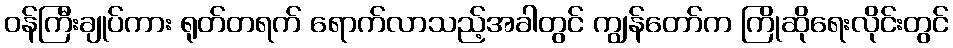
ဝန်ကြီးချုပ်ကား ရုတ်တရက် ရောက်လာသည့်အခါတွင် ကျွန်တော်က ကြိုဆိုရေးလိုင်းတွင်